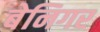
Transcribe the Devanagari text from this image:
बेनिगर